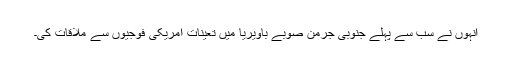
انہوں نے سب سے پہلے جنوبی جرمن صوبے باویریا میں تعینات امریکی فوجیوں سے ملاقات کی۔